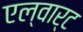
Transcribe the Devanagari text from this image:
एल्वार्ट